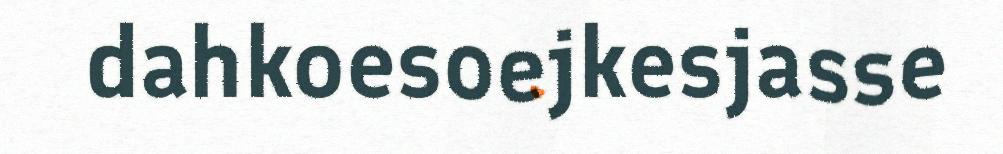
dahkoesoejkesjasse